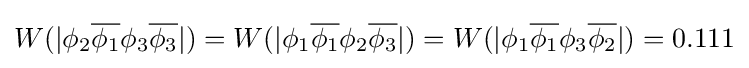
W(|\phi _{2}{\overline {\phi _{1}}}\phi _{3}{\overline {\phi _{3}}}|)=W(|\phi _{1}{\overline {\phi _{1}}}\phi _{2}{\overline {\phi _{3}}}|)=W(|\phi _{1}{\overline {\phi _{1}}}\phi _{3}{\overline {\phi _{2}}}|)=0.111